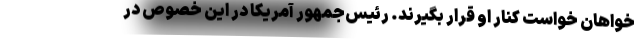
‌خواهان خواست کنار او قرار بگیرند. رئیس‌جمهور آمریکا در این خصوص در